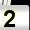
Digit: 2